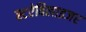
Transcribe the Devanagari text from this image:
स्टऐबिलाइजर